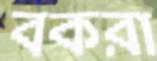
বকরা